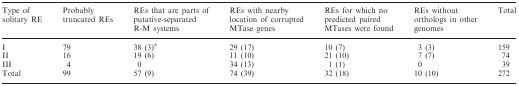
<table><thead><tr><td><b>Type of solitary RE</b></td><td><b>Probably truncated REs</b></td><td><b>REs that are parts of putative-separated R-M systems</b></td><td><b>REs with nearby location of corrupted MTase genes</b></td><td><b>REs for which no predicted paired MTases were found</b></td><td><b>REs without orthologs in other genomes</b></td><td><b>Total</b></td></tr></thead><tbody><tr><td>I</td><td>79</td><td>38 (3)<sup>a</sup></td><td>29 (17)</td><td>10 (7)</td><td>3 (3)</td><td>159</td></tr><tr><td>II</td><td>16</td><td>19 (6)</td><td>11 (10)</td><td>21 (10)</td><td>7 (7)</td><td>74</td></tr><tr><td>III</td><td>4</td><td>0</td><td>34 (13)</td><td>1 (1)</td><td>0</td><td>39</td></tr><tr><td>Total</td><td>99</td><td>57 (9)</td><td>74 (39)</td><td>32 (18)</td><td>10 (10)</td><td>272</td></tr></tbody></table>